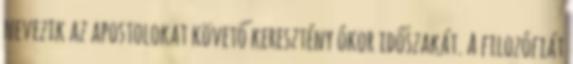
nevezik az apostolokat követő keresztény ókor időszakát. A filozófiát